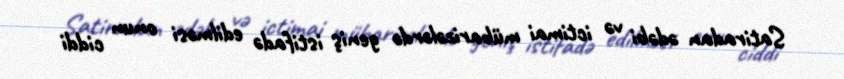
Satiradan ədəbi və ictimai mübarizələrdə geniş istifadə edilməsi onun ciddi